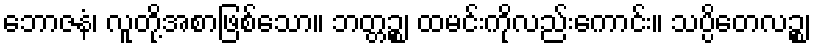
ဘောဇနံ၊ လူတို့အစာဖြစ်သော။ ဘတ္တဉ္စ၊ ထမင်းကိုလည်းကောင်း။ သပ္ပိတေလဉ္စ၊